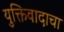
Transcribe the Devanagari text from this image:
युक्तिवादाचा